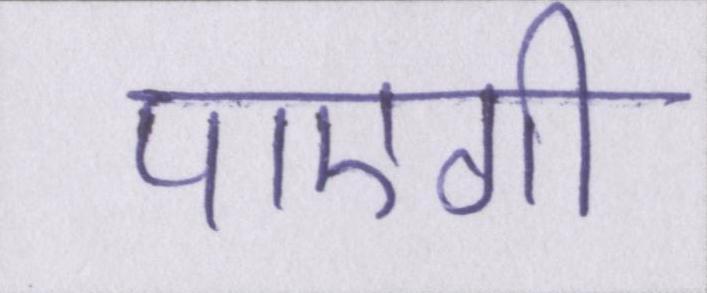
पाएगी